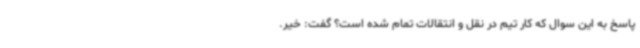
پاسخ به این سوال که کار تیم در نقل و انتقالات تمام شده است؟ گفت: خیر.